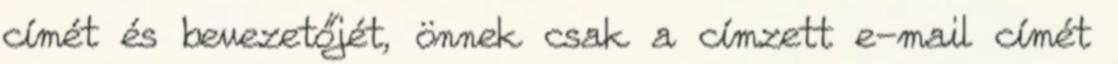
címét és bevezetőjét, önnek csak a címzett e-mail címét